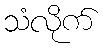
သံလိုက်